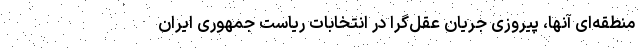
منطقه‌ای آنها، پیروزی جریان عقل‌گرا در انتخابات ریاست جمهوری ایران